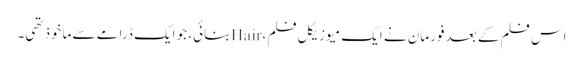
اس فلم کے بعد فورمان نے ایک میوزیکل فلم، Hairبنائی، جو ایک ڈرامے سے ماخوذ تھی۔